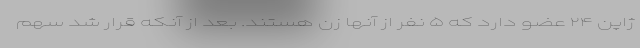
ژاپن ۲۴ عضو دارد که ۵ نفر از آنها زن هستند. بعد از آنکه قرار شد سهم